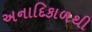
અનાદિકાળથી